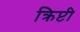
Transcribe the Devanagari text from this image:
क्रिप्टी